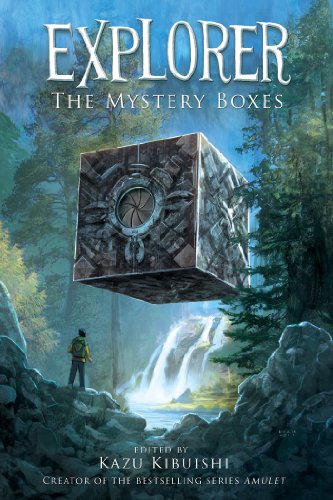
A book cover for Explorer: The Mystery Boxes; Comics & Graphic Novels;